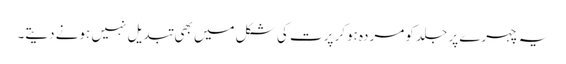
یہ چہرے پر جلد کو مردہ ہوکر پرت کی شکل میں بھی تبدیل نہیں ہونے دیتے۔